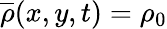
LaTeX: \overline{{\rho}}(x,y,t)=\rho_{0}